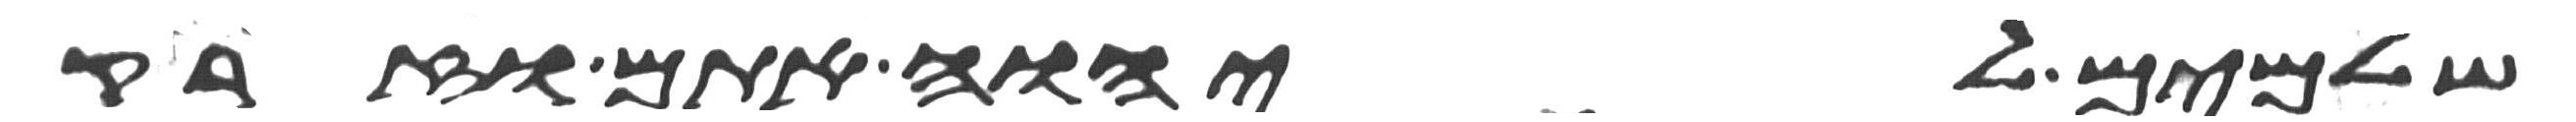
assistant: שלמים ליהוה אתם וזרק